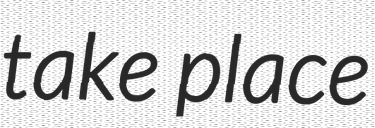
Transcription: take place